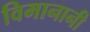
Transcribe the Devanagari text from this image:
विमानानी